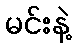
မင်းနဲ့